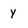
Character: y